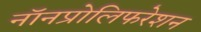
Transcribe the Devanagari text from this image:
नॉनप्रोलिफरेशन